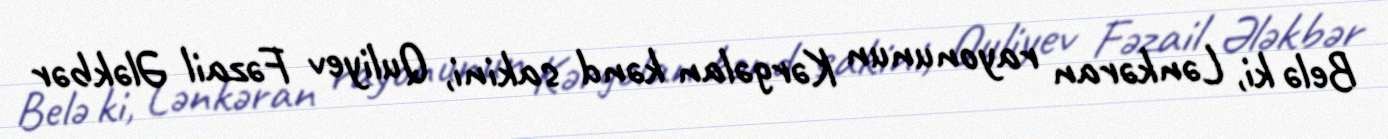
Belə ki, Lənkəran rayonunun Kərgəlan kənd sakini, Quliyev Fəzail Ələkbər